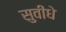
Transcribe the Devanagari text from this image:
सुवीधे